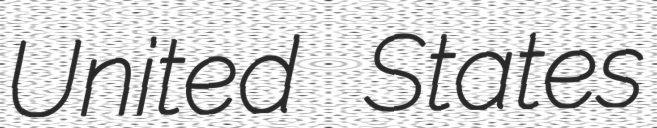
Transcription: United States